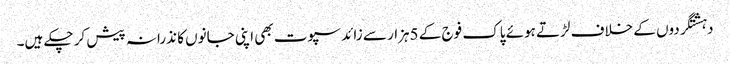
دہشتگردوں کے خلاف لڑتے ہوئے پاک فوج کے 5ہزار سے زائد سپوت بھی اپنی جانوں کا نذرانہ پیش کر چکے ہیں۔